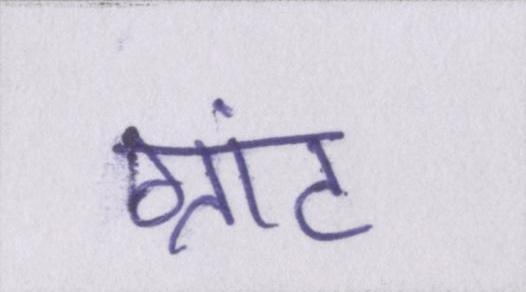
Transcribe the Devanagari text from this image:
ग्रांट